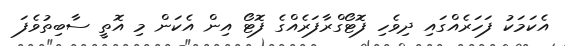
އެކަމަކު ފަހަރެއްގައި ދިވެހި ފޮޓޯގްރާފަރެއްގެ ފޮޓޯ އިން އެކަން މި އޮތީ ސާބިތުވެފަ